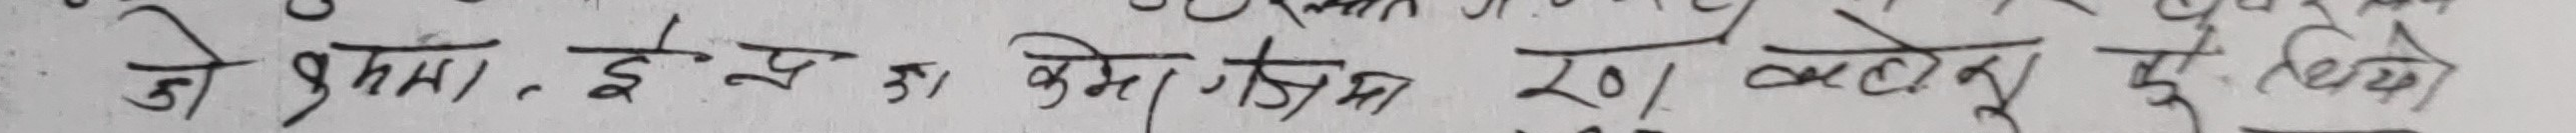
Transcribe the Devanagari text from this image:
हो श्मा, इए आ भिग, गमा खा काटेनू सूरू किए